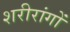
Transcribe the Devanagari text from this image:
शरीरांगों